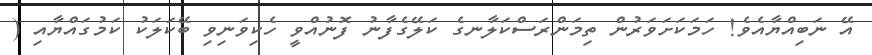
އޭ ނަބިއްޔާއެވެ! ހަމަކަށަވަރުން ތިމަންރަސްކަލާނގެ ކަލޭގެފާނު ފޮނުއްވީ ހެކިވަނިވި ބޭކަލަކު ކަމުގައްޔާއި (